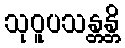
သုဝူပသန္တန္တိ